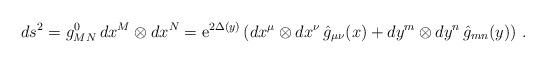
LaTeX: \begin{align*}ds^2 = g^0_{MN} \, dx^M \otimes dx^N = {\rm e}^{2\Delta(y)} \left( dx^\mu \otimes dx^\nu \, \hat g_{\mu\nu}(x)+ dy^m \otimes dy^n \, \hat g_{mn}(y)\right)\,.\end{align*}